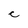
Character: c